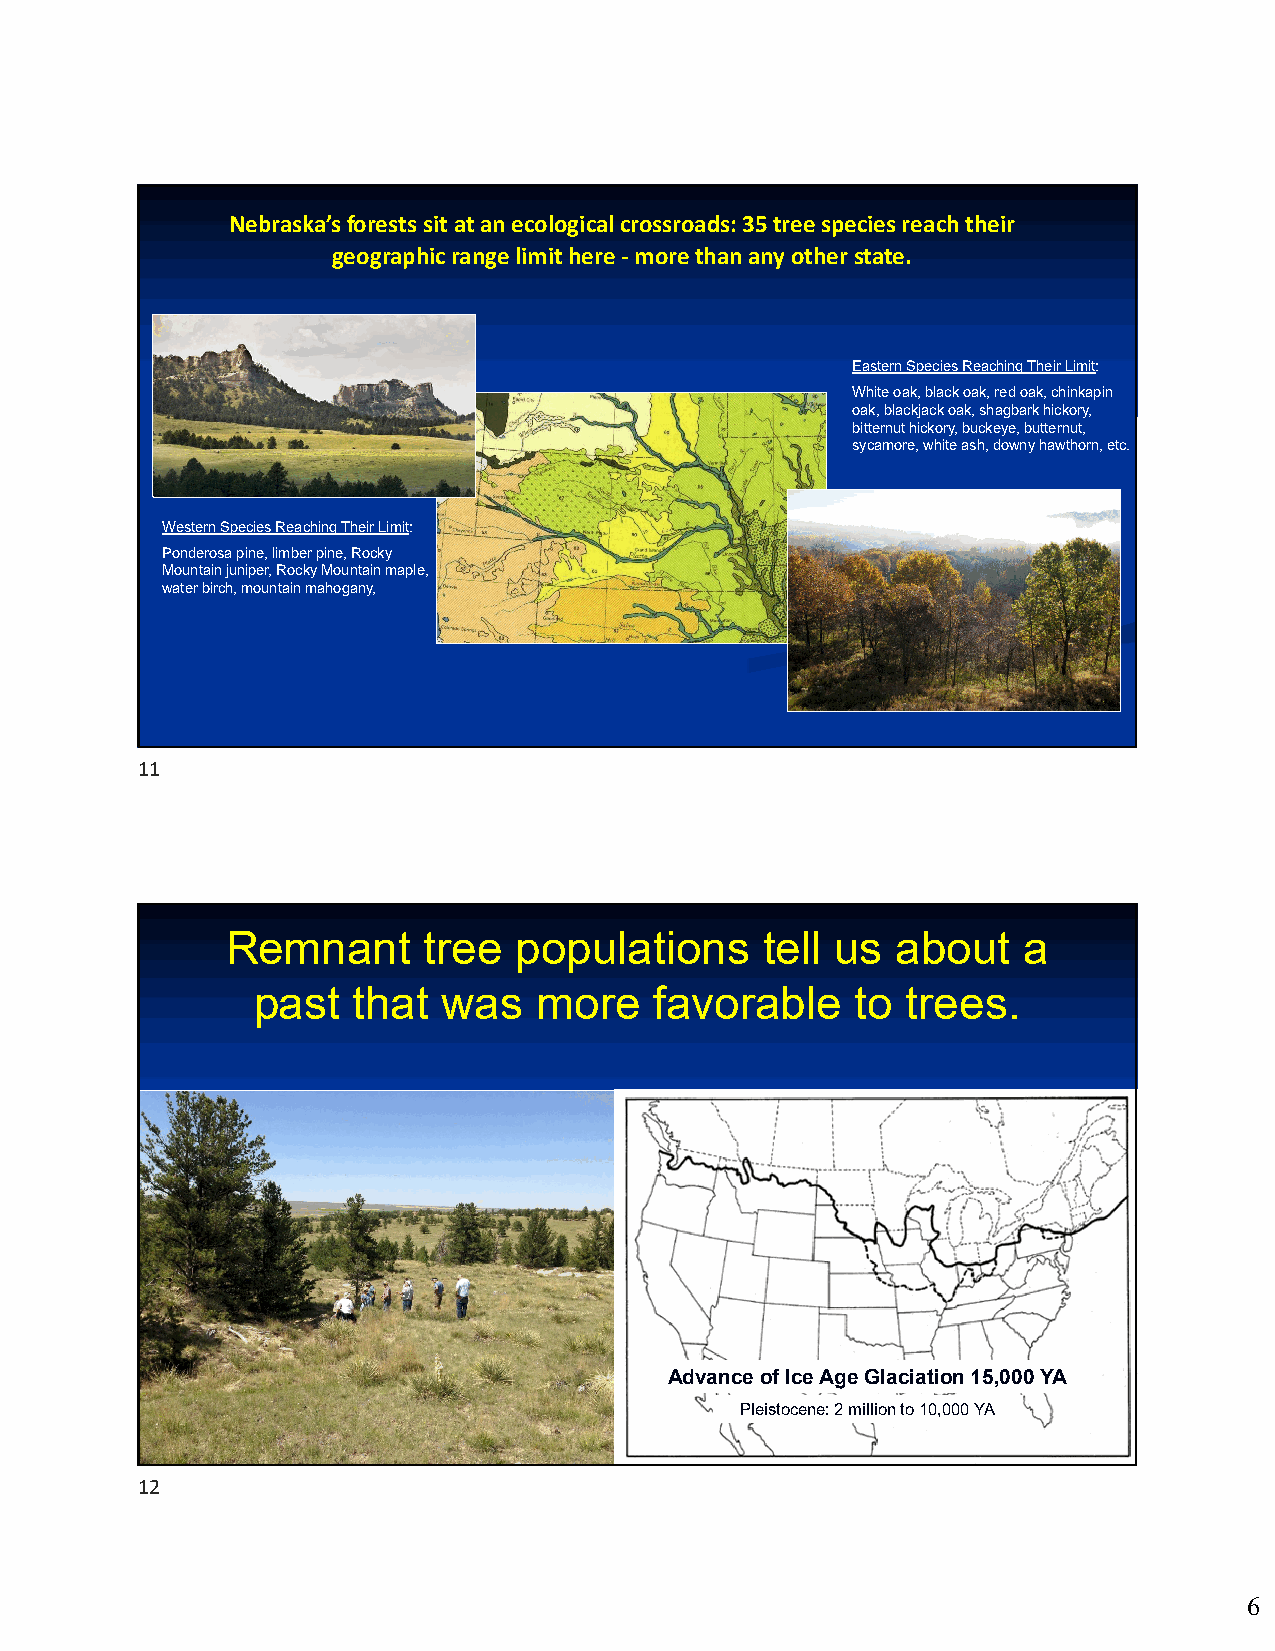
Nebraska’s forests sit at an ecological crossroads: 35 tree speciesreach their
 geographic range limit here ‐more than any other state.
 Eastern Species Reaching Their Limit:
 White oak, black oak, red oak, chinkapin
 oak, blackjack oak, shagbark hickory,
 bitternut hickory, buckeye, butternut,
 sycamore, white ash, downy hawthorn, etc.
 Western Species Reaching Their Limit:
 Ponderosa pine, limber pine, Rocky
 Mountain juniper, Rocky Mountain maple,
 water birch, mountain mahogany,
 11
 Remnant      tree  populations      tell us about    a
 past  that  was    more   favorable     to trees.
 Advance of Ice Age Glaciation 15,000 YA
 Pleistocene: 2 million to 10,000 YA
 12
 6